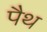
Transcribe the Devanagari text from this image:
पैथ